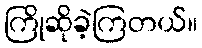
ကြိုဆိုခဲ့ကြတယ်။